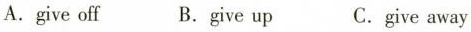
A.give off B.give up C.give away